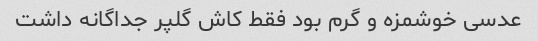
عدسی خوشمزه و گرم بود فقط کاش گلپر جداگانه داشت